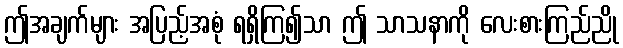
ဤအချက်များ အပြည့်အစုံ ရရှိကြ၍သာ ဤ သာသနာကို လေးစားကြည်ညို